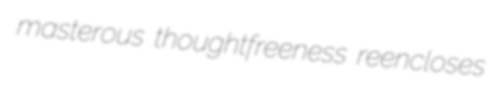
masterous thoughtfreeness reencloses